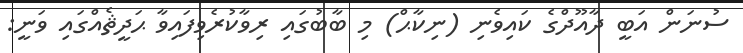
ސުނަން އަބީ ދާއޫދްގެ ކައިވެނި (ނިކާޙް) މި ބާބުގައި ރިވާކުރެވިފައިވާ ޙަދީޘެއްގައި ވަނީ: